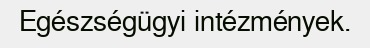
Egészségügyi intézmények.